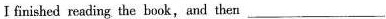
Ⅰ finished reading the book,and then___